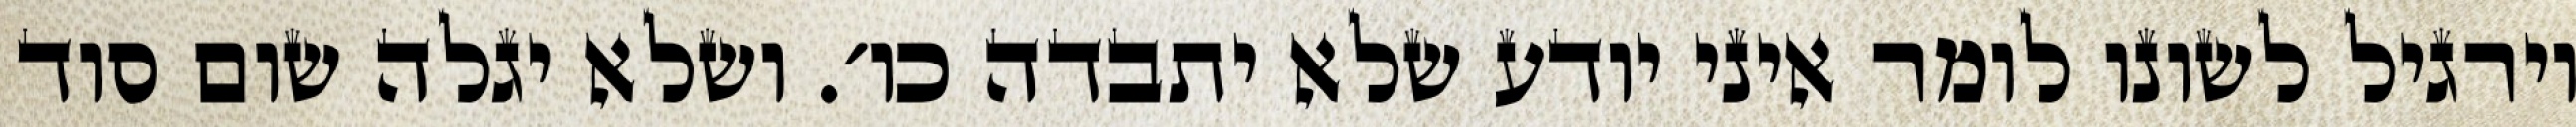
וירגיל לשונו לומר איני יודע שלא יתבדה כו׳. ושלא יגלה שום סוד